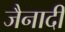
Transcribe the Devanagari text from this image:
जैनादी